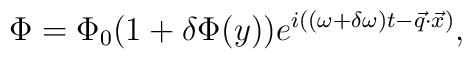
\Phi=\Phi_0 (1+\delta \Phi (y)) e^{i\left((\omega +\delta \omega )t -\vec{q}\cdot \vec{x}\right)},